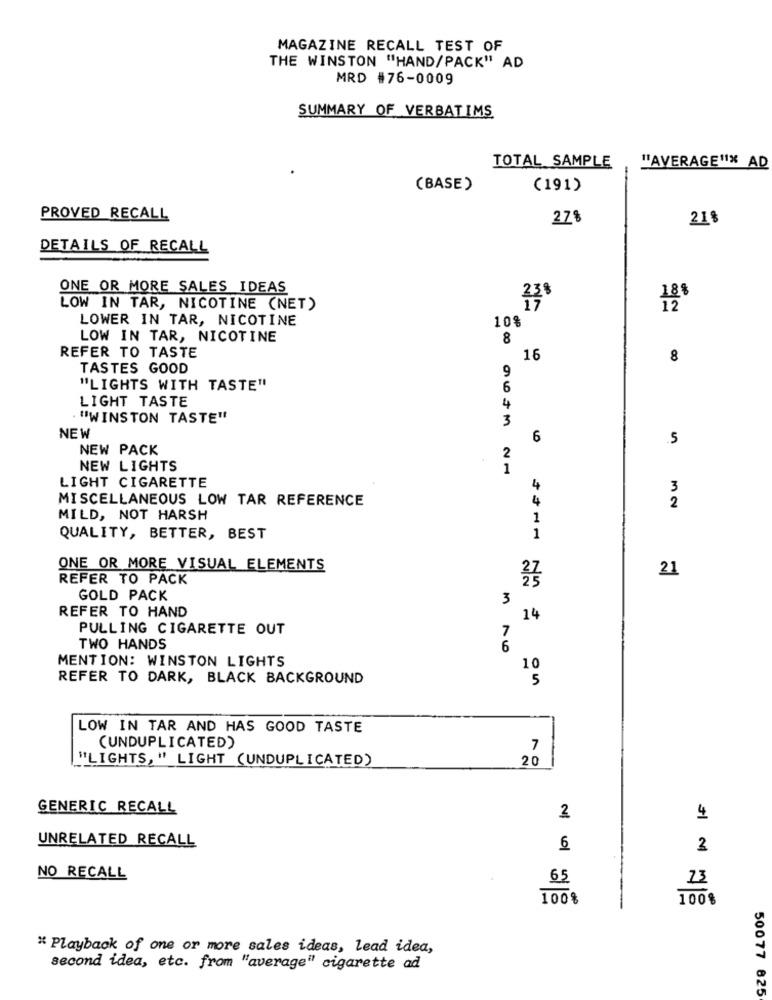
MAGAZINE RECALL TEST OF
THE WINSTON "HAND/PACK" AD
MRD #76-0009
SUMMARY OF VERBATIMS
TOTAL SAMPLE
"AVERAGE"* AD
(BASE)
(191)
PROVED RECALL
27%
21%
DETAILS OF RECALL
ONE OR MORE SALES IDEAS
23$
18%
LOW IN TAR, NICOTINE (NET)
LOWER IN TAR, NICOTINE
10%
LOW IN TAR, NICOTINE
8
REFER TO TASTE
16
8
TASTES GOOD
9
"LIGHTS WITH TASTE"
6
LIGHT TASTE
4
"WINSTON TASTE"
3
NEW
6
5
NEW PACK
2
NEW LIGHTS
1
LIGHT CIGARETTE
4
3
MISCELLANEOUS LOW TAR REFERENCE
4
2
MILD, NOT HARSH
1
QUALITY, BETTER, BEST
1
ONE OR MORE VISUAL ELEMENTS
21
REFER TO PACK
GOLD PACK
3
REFER TO HAND
14
PULLING CIGARETTE OUT
7
TWO HANDS
6
MENTION: WINSTON LIGHTS
10
REFER TO DARK, BLACK BACKGROUND
5
LOW IN TAR AND HAS GOOD TASTE
(UNDUPLICATED)
7
"LIGHTS," LIGHT (UNDUPLICATED)
20
GENERIC RECALL
2
4
UNRELATED RECALL
6
2
NO RECALL
65
73
100%
100%
* Playback of one or more sales ideas, lead idea,
second idea, etc. from "average" cigarette ad
50077 825